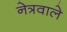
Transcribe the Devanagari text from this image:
नेत्रवाले